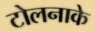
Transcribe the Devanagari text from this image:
टोलनाके